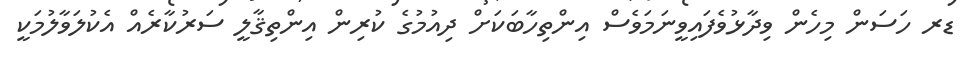
ޑރ ހަސަން މިހެން ވިދާޅުވެފައިވީނަމަވެސް އިންތިހާބަކަށް ދިއުމުގެ ކުރިން އިންތިޤާލީ ސަރުކާރެއް އެކުލަވާލުމަކީ